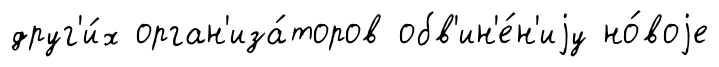
друг'и́х орган'иза́торов обв'ин'е́н'иjу но́воjе